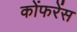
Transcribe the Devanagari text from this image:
कोंफरेंस